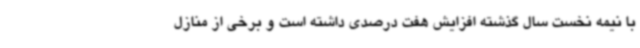
با نیمه نخست سال گذشته افزایش هفت درصدی داشته است و برخی از منازل